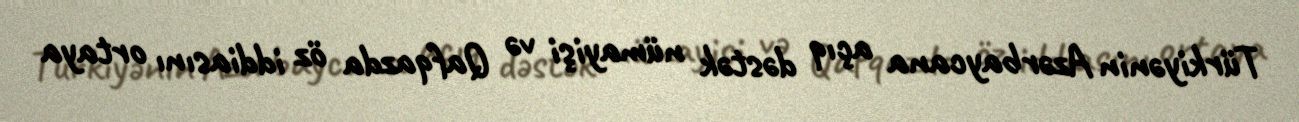
Türkiyənin Azərbaycana açıq dəstək nümayişi və Qafqazda öz iddiasını ortaya